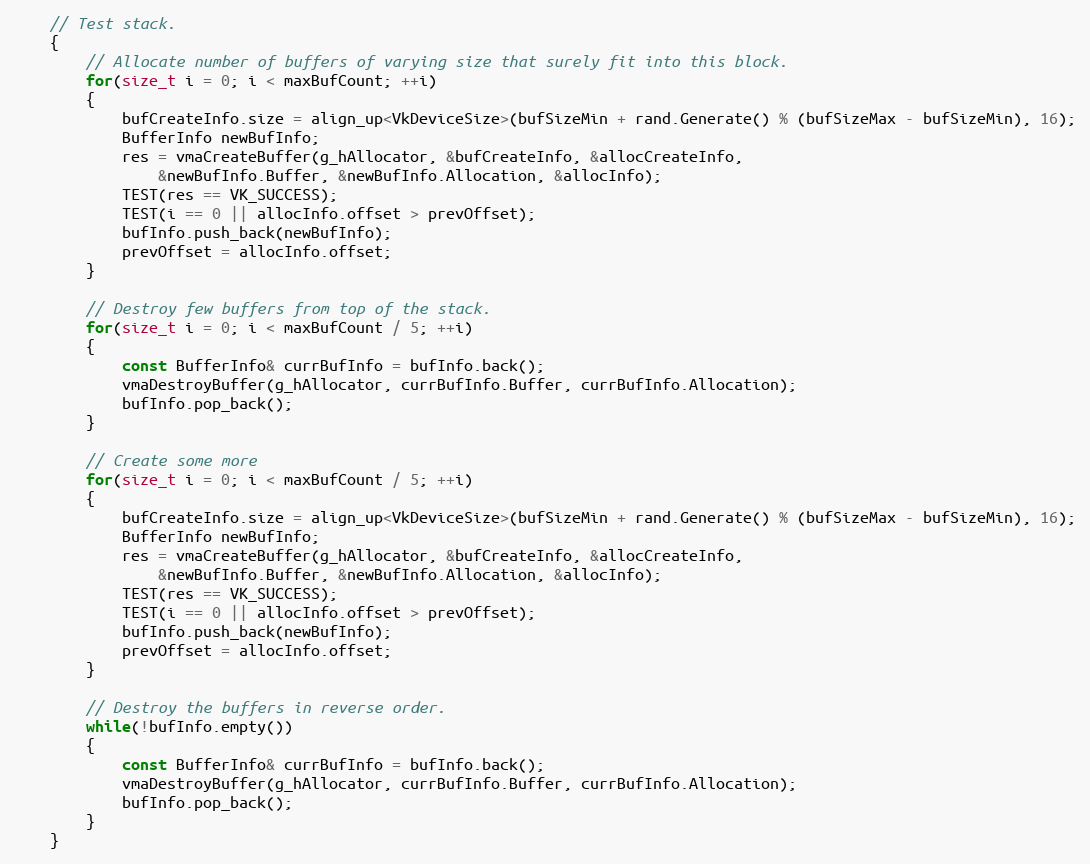
Language: C++
    // Test stack.
    {
        // Allocate number of buffers of varying size that surely fit into this block.
        for(size_t i = 0; i < maxBufCount; ++i)
        {
            bufCreateInfo.size = align_up<VkDeviceSize>(bufSizeMin + rand.Generate() % (bufSizeMax - bufSizeMin), 16);
            BufferInfo newBufInfo;
            res = vmaCreateBuffer(g_hAllocator, &bufCreateInfo, &allocCreateInfo,
                &newBufInfo.Buffer, &newBufInfo.Allocation, &allocInfo);
            TEST(res == VK_SUCCESS);
            TEST(i == 0 || allocInfo.offset > prevOffset);
            bufInfo.push_back(newBufInfo);
            prevOffset = allocInfo.offset;
        }

        // Destroy few buffers from top of the stack.
        for(size_t i = 0; i < maxBufCount / 5; ++i)
        {
            const BufferInfo& currBufInfo = bufInfo.back();
            vmaDestroyBuffer(g_hAllocator, currBufInfo.Buffer, currBufInfo.Allocation);
            bufInfo.pop_back();
        }

        // Create some more
        for(size_t i = 0; i < maxBufCount / 5; ++i)
        {
            bufCreateInfo.size = align_up<VkDeviceSize>(bufSizeMin + rand.Generate() % (bufSizeMax - bufSizeMin), 16);
            BufferInfo newBufInfo;
            res = vmaCreateBuffer(g_hAllocator, &bufCreateInfo, &allocCreateInfo,
                &newBufInfo.Buffer, &newBufInfo.Allocation, &allocInfo);
            TEST(res == VK_SUCCESS);
            TEST(i == 0 || allocInfo.offset > prevOffset);
            bufInfo.push_back(newBufInfo);
            prevOffset = allocInfo.offset;
        }

        // Destroy the buffers in reverse order.
        while(!bufInfo.empty())
        {
            const BufferInfo& currBufInfo = bufInfo.back();
            vmaDestroyBuffer(g_hAllocator, currBufInfo.Buffer, currBufInfo.Allocation);
            bufInfo.pop_back();
        }
    }